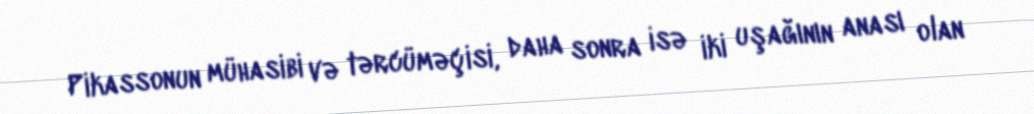
Pikassonun mühasibi və tərcüməçisi, daha sonra isə iki uşağının anası olan